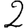
Digit: 2